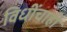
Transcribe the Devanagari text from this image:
विधींचाही